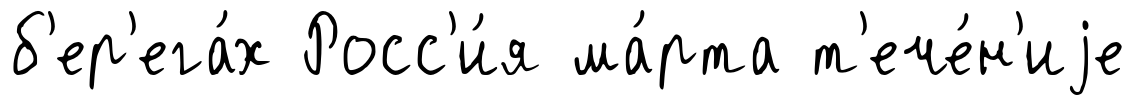
б'ер'ега́х Росс'и́я ма́рта т'ече́н'иjе